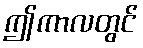
ဤကာလတွင်